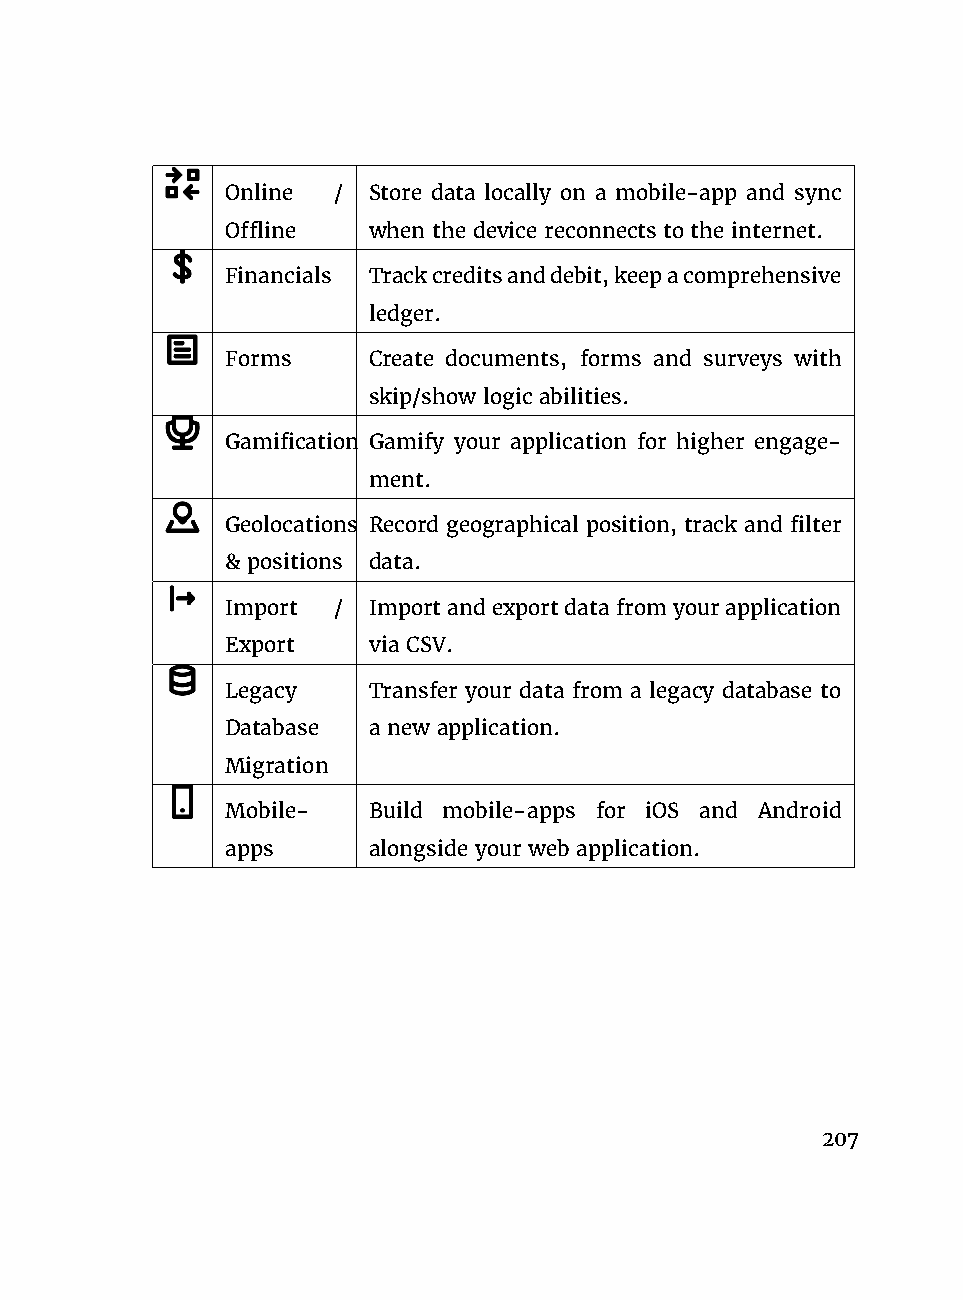
Online / Store data locally on a mobile-app and sync
 Offline  when the device reconnects to the internet.
 Financials Trackcreditsanddebit,keepacomprehensive
 ledger.
 Forms    Create documents, forms and surveys with
 skip/show logic abilities.
 Gamification Gamify your application for higher engage-
 ment.
 Geolocations Record geographical position, track and filter
 & positions data.
 Import / Importandexportdatafromyourapplication
 Export   via CSV.
 Legacy   Transfer your data from a legacy database to
 Database a new application.
 Migration
 Mobile-  Build mobile-apps for iOS and Android
 apps     alongside your web application.
 207